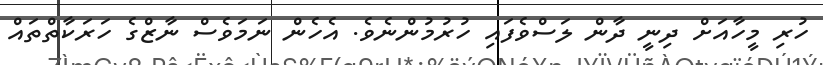
ހުރި މީހާއަށް ދިނީ ދާން ލަސްވެފައި ހުރުމުންނެވެ. އެހެން ނަމަވެސް ނާޒްގެ ހަރަކާތްތައް